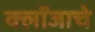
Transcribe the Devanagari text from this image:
क्लॉजाचे